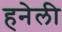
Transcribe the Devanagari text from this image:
हनेली